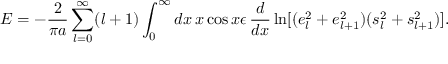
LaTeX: E = - { \frac { 2 } { \pi a } } \sum _ { l = 0 } ^ { \infty } ( l + 1 ) \int _ { 0 } ^ { \infty } d x \, x \cos x \epsilon \, { \frac { d } { d x } } \ln [ ( e _ { l } ^ { 2 } + e _ { l + 1 } ^ { 2 } ) ( s _ { l } ^ { 2 } + s _ { l + 1 } ^ { 2 } ) ] .